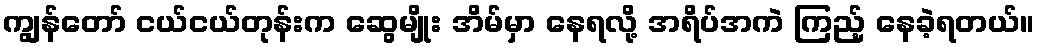
ကျွန်တော် ငယ်ငယ်တုန်းက ဆွေမျိုး အိမ်မှာ နေရလို့ အရိပ်အကဲ ကြည့် နေခဲ့ရတယ်။